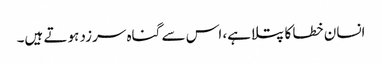
انسان خطا کا پتلا ہے، اس سے گناہ سرزد ہوتے ہیں۔